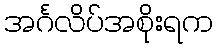
အင်္ဂလိပ်အစိုးရက